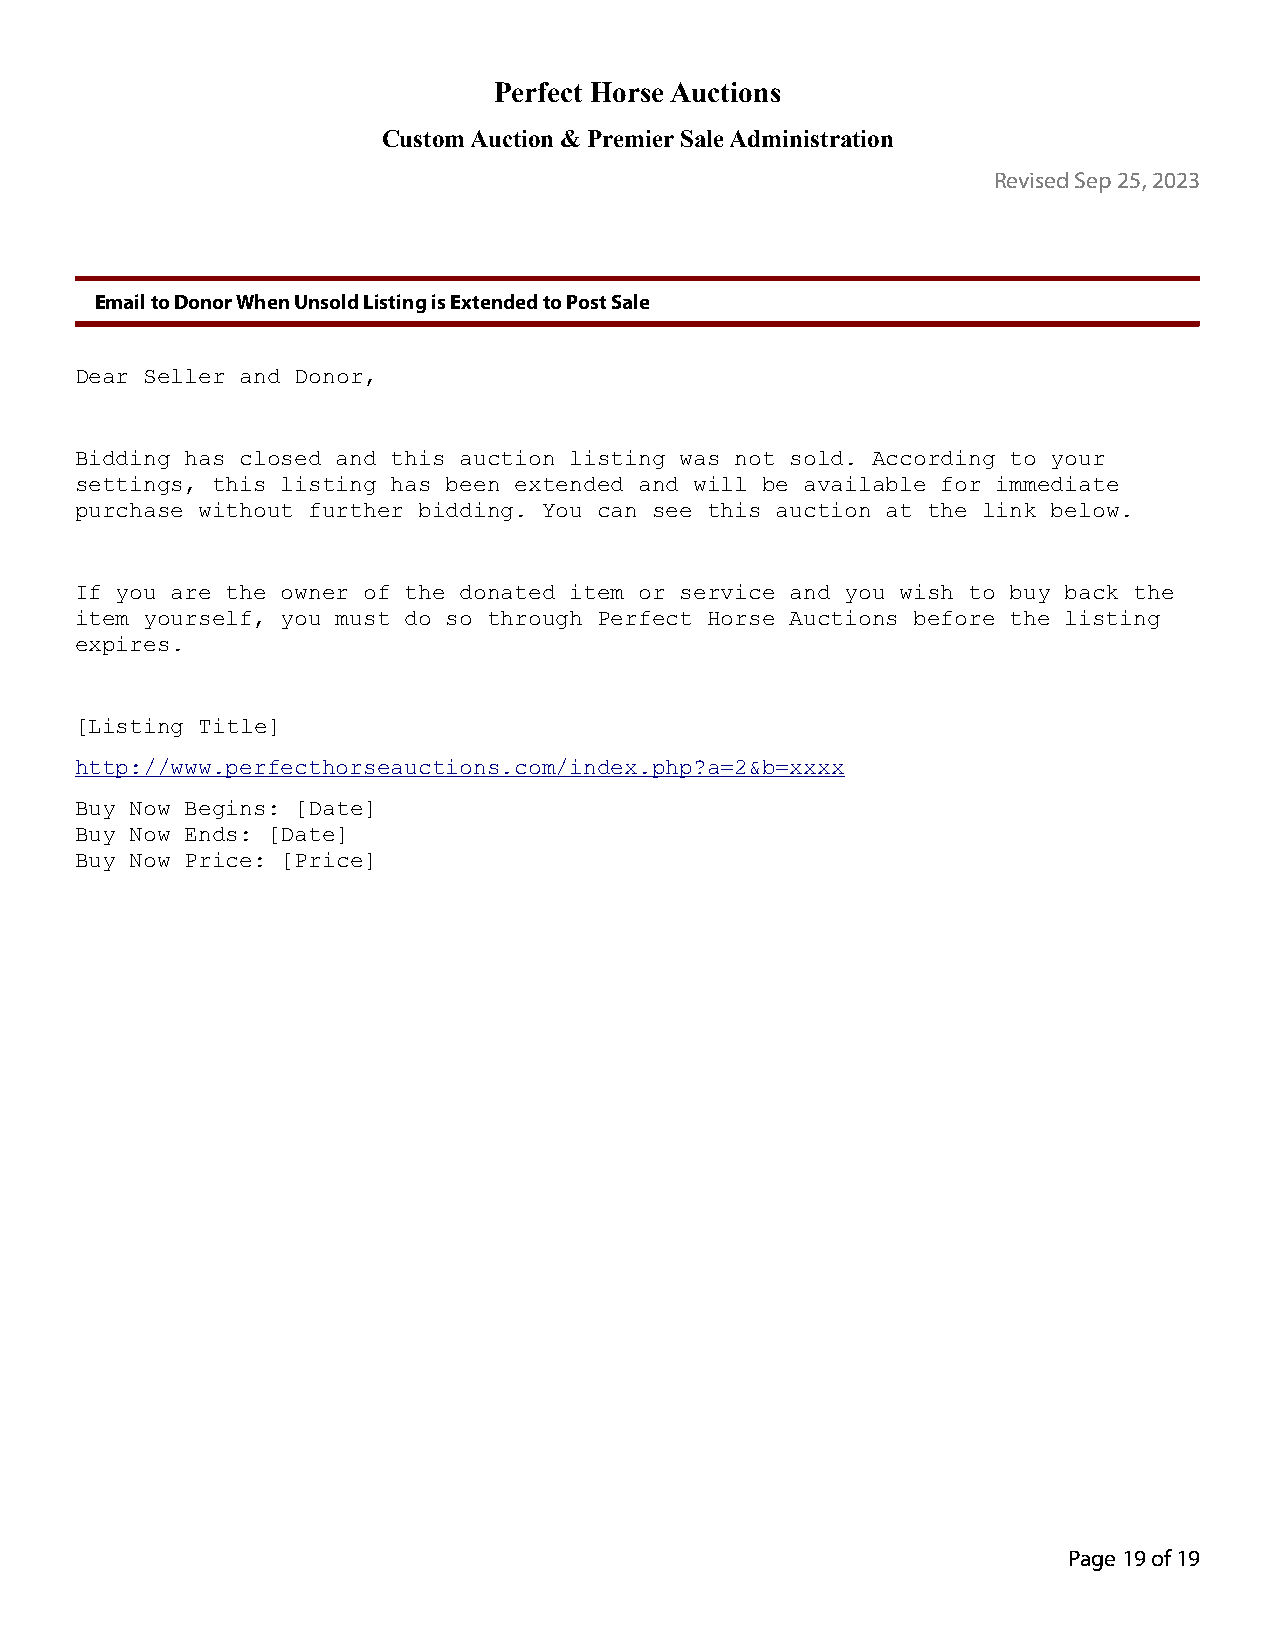
Perfect Horse Auctions
 Custom Auction & Premier Sale Administration
 Revised Sep 25, 2023
 Email to Donor When Unsold Listing is Extended to Post Sale
 Dear Seller and Donor,
 Bidding has closed and this auction listing was not sold. According to your
 settings, this listing has been extended and will be available for immediate
 purchase without further bidding. You can see this auction at the link below.
 If you are the owner of the donated item or service and you wish to buy back the
 item yourself, you must do so through Perfect Horse Auctions before the listing
 expires.
 [Listing Title]
 http://www.perfecthorseauctions.com/index.php?a=2&b=xxxx
 Buy Now Begins: [Date]
 Buy Now Ends: [Date]
 Buy Now Price: [Price]
 Page 19 of 19